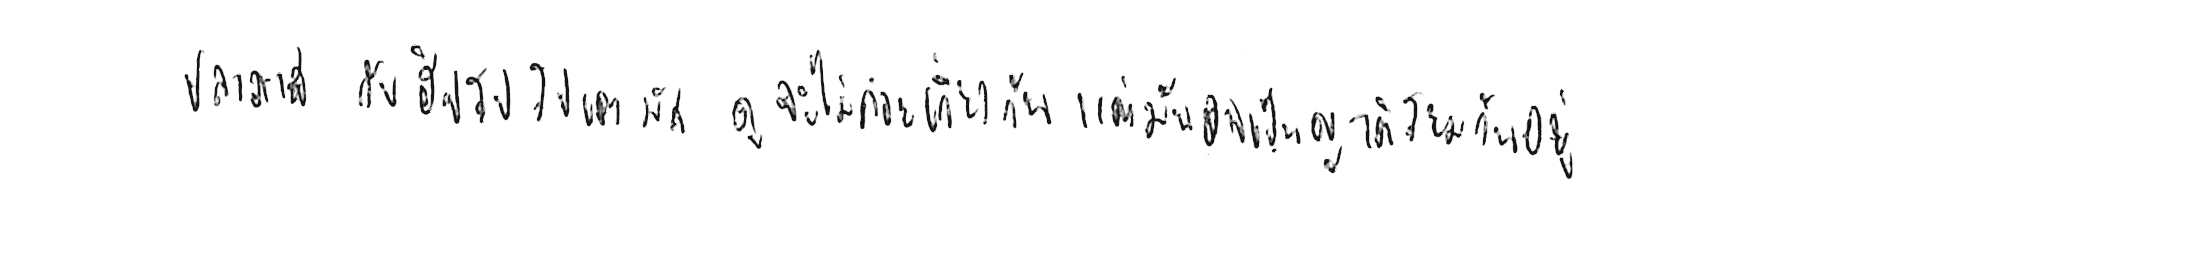
ปลาวาฬ กับ ฮิปโปโปเตมัส ดูจะไม่ค่อยเกี่ยวกัน แต่มันอาจเป็นญาติโยมกันอยู่